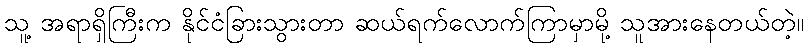
သူ့ အရာရှိကြီးက နိုင်ငံခြားသွားတာ ဆယ်ရက်လောက်ကြာမှာမို့ သူအားနေတယ်တဲ့။